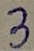
Text: 3